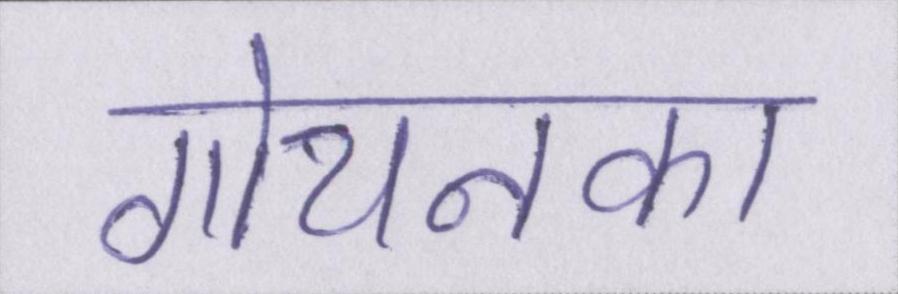
गोयनका